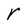
Character: r